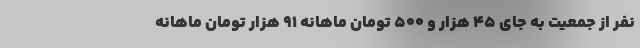
نفر از جمعیت به جای ۴۵ هزار و ۵۰۰ تومان ماهانه ۹۱ هزار تومان ماهانه